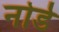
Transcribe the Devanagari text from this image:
नोर्ड